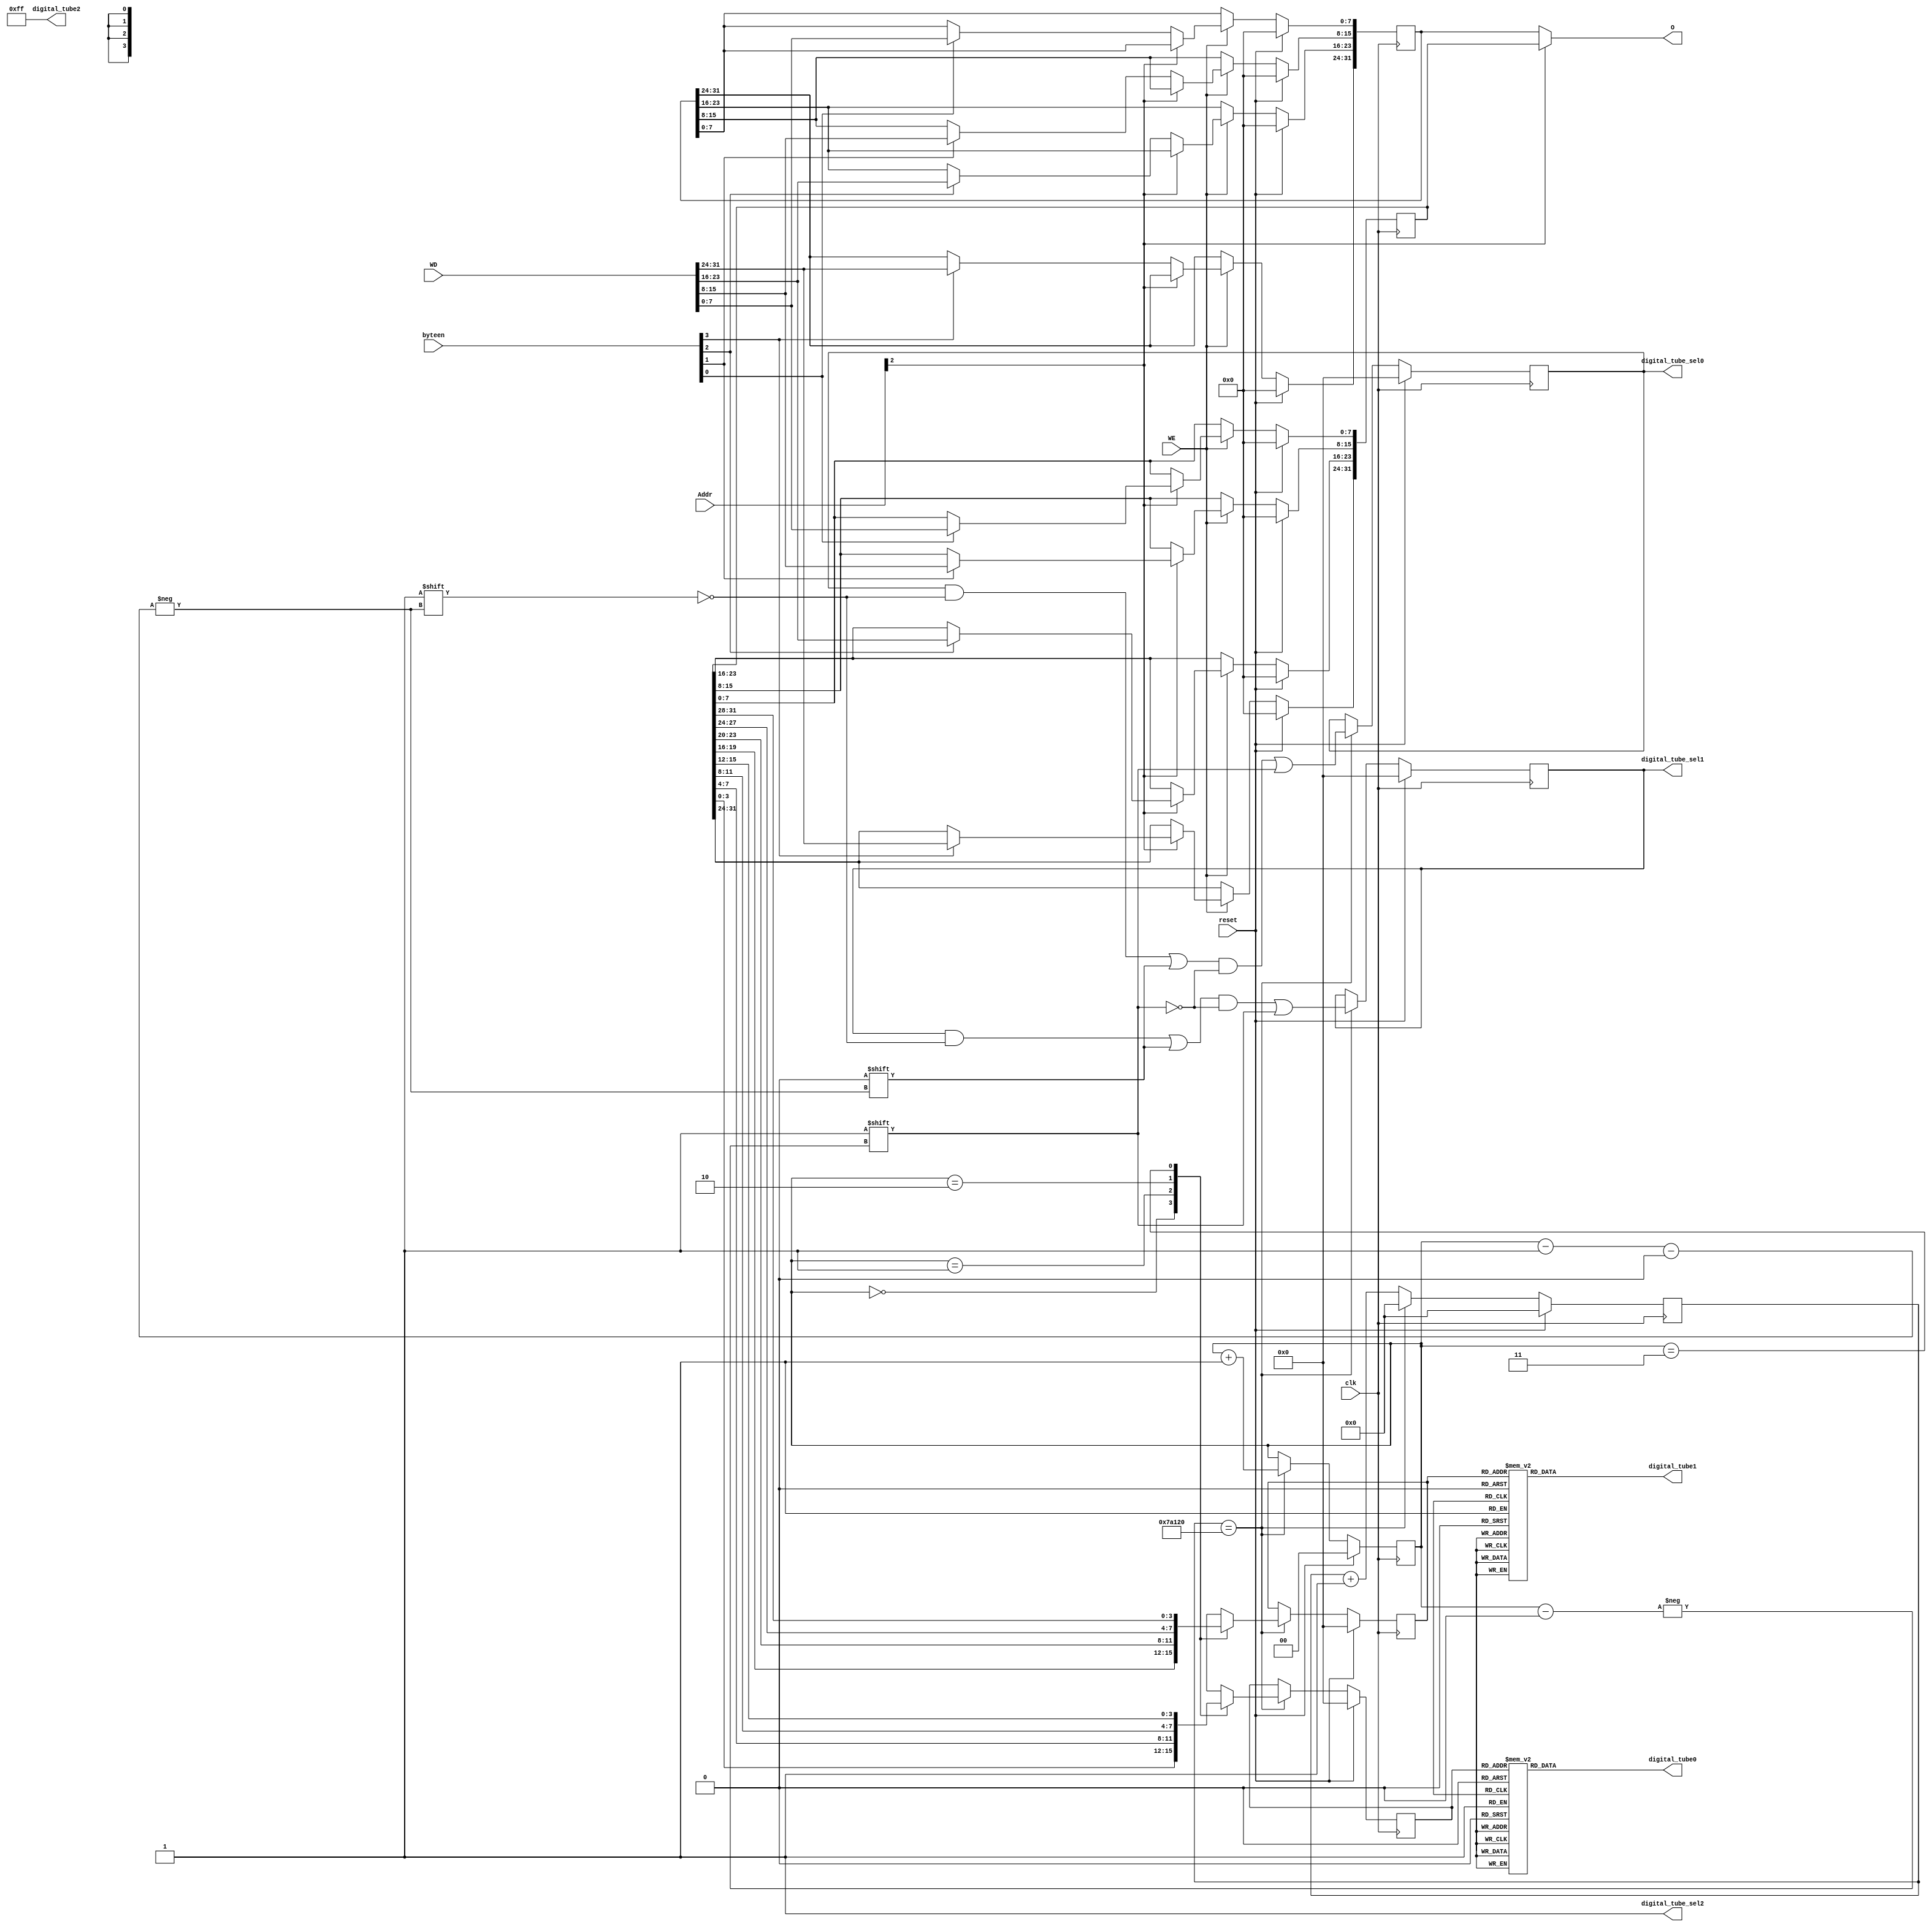
`timescale 1ns / 1ps
//////////////////////////////////////////////////////////////////////////////////
// Company: 
// Engineer: 
// 
// Design Name: 
// Module Name:    DigitalTube 
// Project Name: 
// Target Devices: 
// Tool versions: 
// Description: 
//
// Dependencies: 
//
// Revision: 
// Revision 0.01 - File Created
// Additional Comments: 
//
//////////////////////////////////////////////////////////////////////////////////
module DigitalTube(
    input clk,
    input reset,
    input [31:0] Addr,
    input WE,
    input [3:0] byteen,
    input [31:0] WD,
    output reg [7:0] digital_tube0,
    output reg [7:0] digital_tube1,
    output [7:0] digital_tube2,
    output reg [3:0] digital_tube_sel0,
    output reg [3:0] digital_tube_sel1,
    output digital_tube_sel2,
	 output [31:0] O
    );
	 reg [31:0] num, sign, cnt;
	 reg [3:0] tube0, tube1;
	 reg [1:0] pos;
	 assign O = (Addr[2] == 1'b1) ? num : sign;
	 
	 always@(posedge clk) begin
		if (reset) begin
			sign <= 32'b0;
			num <= 32'b0;
			tube0 <= 4'b0;
			tube1 <= 4'b0;
			digital_tube_sel0 <= 4'b0;
			digital_tube_sel1 <= 4'b0;
			cnt <= 32'b0;
			pos <= 2'b0;
		end
		else begin
			if (WE) begin
				case(Addr[2])
					1'b1: begin
						if (byteen[0]) num[7:0] <= WD[7:0];
						if (byteen[1]) num[15:8] <= WD[15:8];
						if (byteen[2]) num[23:16] <= WD[23:16];
						if (byteen[3]) num[31:24] <= WD[31:24];
					end
					1'b0: begin
						if (byteen[0]) sign[7:0] <= WD[7:0];
						if (byteen[1]) sign[15:8] <= WD[15:8];
						if (byteen[2]) sign[23:16] <= WD[23:16];
						if (byteen[3]) sign[31:24] <= WD[31:24];
					end
				endcase
			end
			else begin
			end
			cnt <= cnt + 1;
			//if (cnt == 32'd50) begin
			if (cnt == 32'd500000) begin
				cnt <= 32'd0;
				digital_tube_sel0[pos - 2'b01] <= 1'b0;
				digital_tube_sel0[pos] <= 1'b1;
				case(pos)
					2'b00: tube1 <= num[19:16];
					2'b01: tube1 <= num[23:20];
					2'b10: tube1 <= num[27:24];
					2'b11: tube1 <= num[31:28];
				endcase
				digital_tube_sel1[pos - 2'b01] <= 1'b0;
				digital_tube_sel1[pos] <= 1'b1;
				case(pos)
					2'b00: tube0 <= num[3:0];
					2'b01: tube0 <= num[7:4];
					2'b10: tube0 <= num[11:8];
					2'b11: tube0 <= num[15:12];
				endcase
				pos <= pos + 1;
			end
			else begin
			end
		end
	 end
	 
	 assign digital_tube_sel2 = 1'b1;
	 assign digital_tube2 = 8'b11111111;
	 always@(*) begin
		case(tube1)
			4'd0:  digital_tube1 = 8'b10000001;
			4'd1:  digital_tube1 = 8'b11001111;
			4'd2:  digital_tube1 = 8'b10010010;
			4'd3:  digital_tube1 = 8'b10000110;
			4'd4:  digital_tube1 = 8'b11001100;
			4'd5:  digital_tube1 = 8'b10100100;
			4'd6:  digital_tube1 = 8'b10100000;
			4'd7:  digital_tube1 = 8'b10001111;
			4'd8:  digital_tube1 = 8'b10000000;
			4'd9:  digital_tube1 = 8'b10000100;
			4'd10: digital_tube1 = 8'b10001000;
			4'd11: digital_tube1 = 8'b11100000;
			4'd12: digital_tube1 = 8'b10110001;
			4'd13: digital_tube1 = 8'b11000010;
			4'd14: digital_tube1 = 8'b10110000;
			4'd15: digital_tube1 = 8'b10111000;
			default: digital_tube1 = 8'b11111111;
		endcase
	 end
	 always@(*) begin
		case(tube0)
			4'd0:  digital_tube0 = 8'b10000001;
			4'd1:  digital_tube0 = 8'b11001111;
			4'd2:  digital_tube0 = 8'b10010010;
			4'd3:  digital_tube0 = 8'b10000110;
			4'd4:  digital_tube0 = 8'b11001100;
			4'd5:  digital_tube0 = 8'b10100100;
			4'd6:  digital_tube0 = 8'b10100000;
			4'd7:  digital_tube0 = 8'b10001111;
			4'd8:  digital_tube0 = 8'b10000000;
			4'd9:  digital_tube0 = 8'b10000100;
			4'd10: digital_tube0 = 8'b10001000;
			4'd11: digital_tube0 = 8'b11100000;
			4'd12: digital_tube0 = 8'b10110001;
			4'd13: digital_tube0 = 8'b11000010;
			4'd14: digital_tube0 = 8'b10110000;
			4'd15: digital_tube0 = 8'b10111000;
			default: digital_tube0 = 8'b11111111;
		endcase
	 end
	 

endmodule